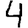
Digit: 4